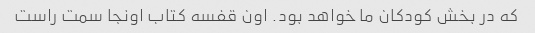
که در بخش کودکان ما خواهد بود. اون قفسه کتاب اونجا سمت راست